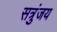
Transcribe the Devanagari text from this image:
सत्रुंजय